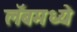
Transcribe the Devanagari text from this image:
लॅबमध्ये